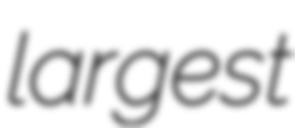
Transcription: largest